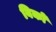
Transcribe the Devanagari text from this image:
बिको